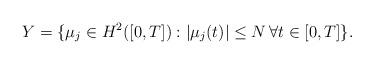
LaTeX: \begin{align*} Y=\{\mu_j\in H^2([0,T]) : |\mu_j(t)|\leq N \, \forall t\in [0,T]\}.\end{align*}